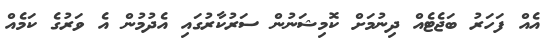
އެއް ފަހަރު ބަޖެޓެއް ދިނުމަށް ކޮމިޝަނުން ސަރުކާރުގައި އެދުމުން އެ ވަރުގެ ކަމެއް